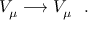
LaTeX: V _ { \mu } \longrightarrow V _ { \mu } ~ ~ .